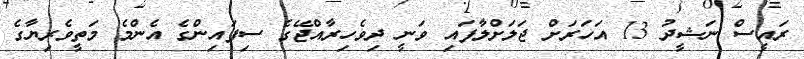
ރައީސް ނަޝީދު 13 އަހަރަށް ޖަލަށްލާފައި ވަނީ ދިވެހިރާއްޖޭގެ ސިފައިންގެ އެންމެ މަތީވެރިޔާގެ